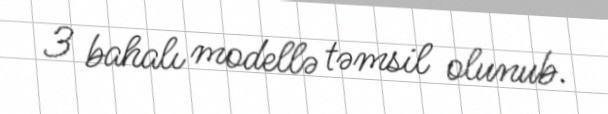
3 bahalı modellə təmsil olunub.